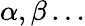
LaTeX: \alpha,\beta\ldots